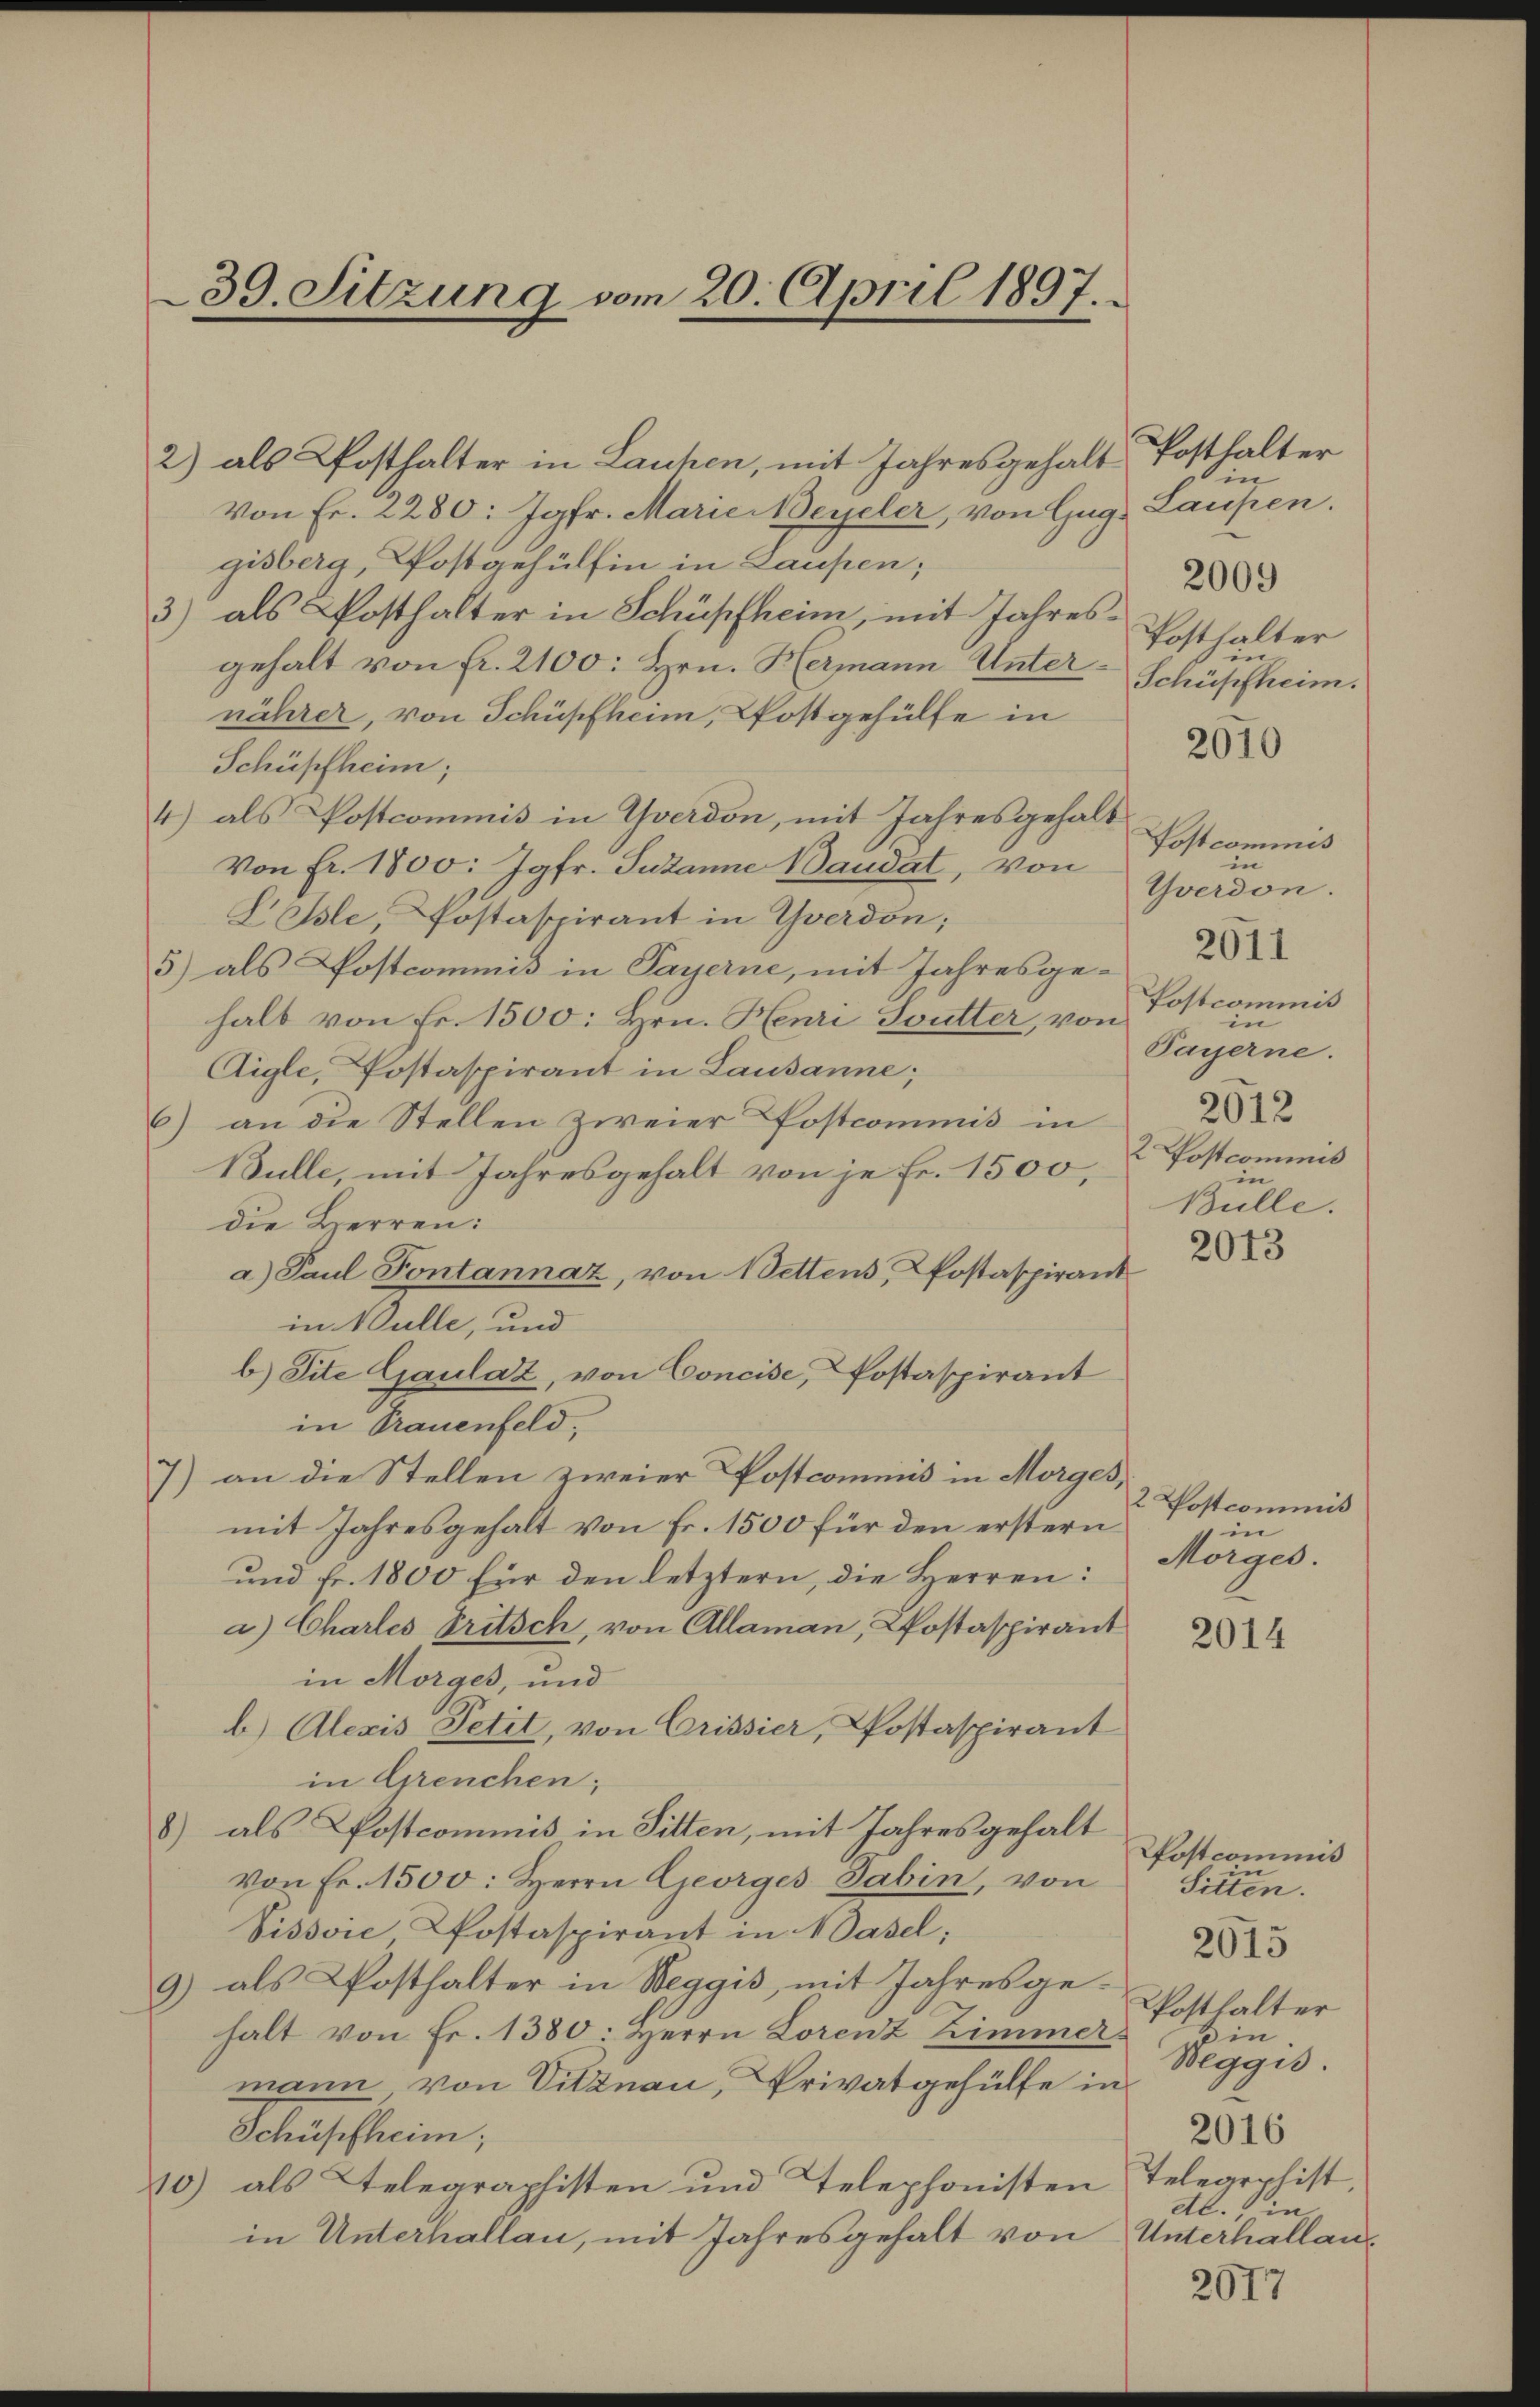
39. Sitzung vom 20. April 1897.

2) als Posthalter in Lauhen, mit Jahresgehalt Posthalter
Von Fr. 2280: Jgfr. Marie Beyeler, von Guggisberg, Postgehülfen in Laupen;
3) als Posthalter in Schüpfheim, mit Jahresgehalt von fr. 2100: Hrn. Hermann Unternährer, von Schüpfheim, Postgehülfe in
Schüpfheim;
4) als Postcommis in Yverdon, mit Jahresgehalt
Von Fr. 1800: Jgfr. Susanne Baudat, von
Lasle, Postaspirant in Yverdon;
5) als Postcommis in Payerne, mit Jahresge-
halb von Fr. 1500: Hrn. Henri Soutter, von
Aigle, Postaspirant in Lausanne;
6) an die Stellen zweier Postcommis in
Bulle, mit Jahresgehalt von je Fr. 1500, Postcommis
die Herren:
a) Paul Pontannaz, von Wettens, Postaspirant
in Bulle, und
b) Site Gaulaz, von Concise, Postaspirant
in Trauenfeld.
7) an die Stellen zweier Postcommis in Morges,
mit Jahresgehalt von Fr. 1500 für den erstern
und Fr. 1800 für den letztern, die Herren:
a) Chartes Tritsch, von Allaman, Postaspirant
in Morges, und
b) Alexis Petit, von Crissier, Postaspirant
in Grenchen;
8) als Postcommis in Sitten, mit Jahresgehalt
von Fr. 1500: Herrn Georges Sabin, von
Vissvie Postaspirant in 4 Dasel;
9) als Posthalter in Reggis, mit Jahresgehalt von Fr. 1380: Herrn Lorenz Zimmermann von Vitznau, Privatgehülfe in
Schüpfheim;
10) als Telegraphisten und Telephonisten
in Unterhallau, mit Jahresgehalt von Unterhallan¬

in
Laufen.
Posthalter

Schüpfheim.

2009

2670

Postcommis
in
Yverdon.
Postcommis
in
Payerne.
2612
d
Bulle.

2011

2013

2 Postcommiß
in
Morges.

2014

Postcommis
e
Sitten.
2615
Posthalter
u in
Weggis.
2016
Telegephist,
Al., in

2077